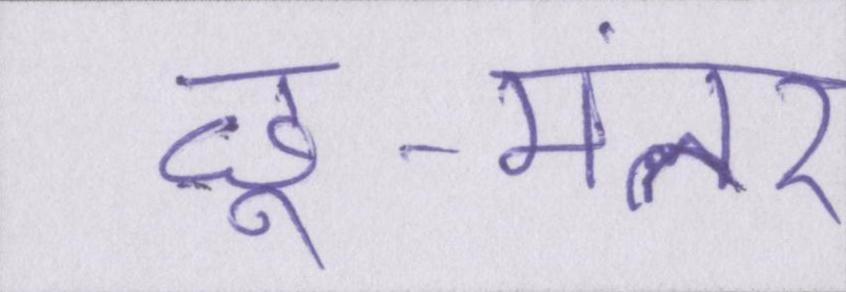
छू-मंतर